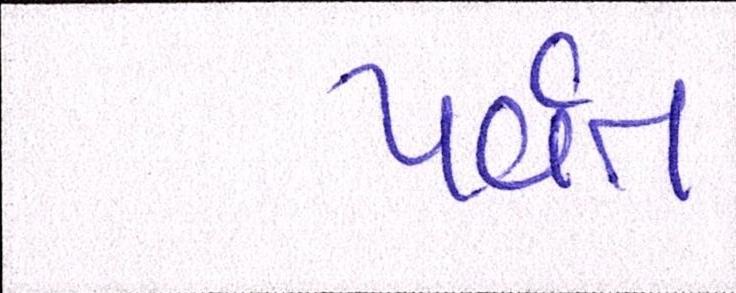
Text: પર્વત